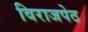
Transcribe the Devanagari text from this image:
विराजपेठ